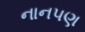
નાનપણ